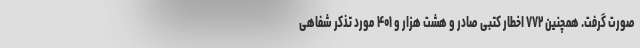
صورت گرفت. همچنین ۷۷۲ اخطار کتبی صادر و هشت هزار و ۴۰۱ مورد تذکر شفاهی